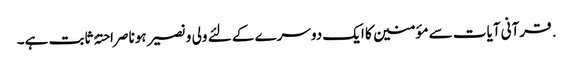
. قرآنی آیات سے مؤمنین کا ایک دوسرے کے لئے ولی و نصیر ہونا صراحتہً ثابت ہے۔